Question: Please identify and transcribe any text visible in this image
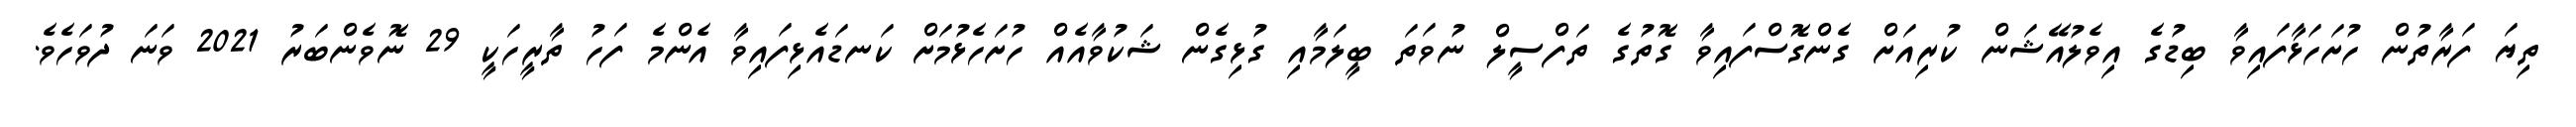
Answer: ތިޔަ ފަރާތުން ހުށަހަޅާފައިވާ ބިޑުގެ އިވެލުއޭޝަން ކުރިއަށް ގެންގޮސްފައިވާ ގޮތުގެ ތަފްސީލް ނުވަތަ ބީލަމާއި ގުޅިގެން ޝަކުވާއެއް ހުށަހެޅުމަށް ކަނޑައެޅިފައިވާ އެންމެ ފަހު ތާރީހަކީ 29 ނޮވެންބަރު 2021 ވަނަ ދުވަހެވެ.